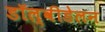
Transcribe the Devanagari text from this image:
डॉल्वीडेलन